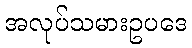
အလုပ်သမားဥပဒေ